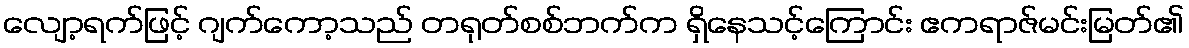
လျော့ရက်ဖြင့် ဂျက်ကော့သည် တရုတ်စစ်ဘက်က ရှိနေသင့်ကြောင်း ဧကရာဇ်မင်းမြတ်၏